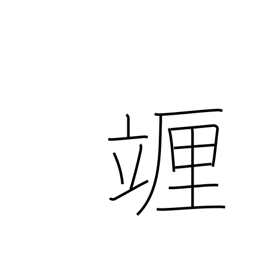
Meaning: centilitre